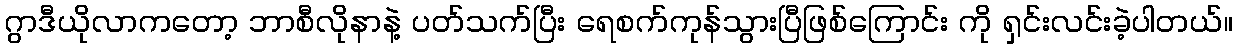
ဂွာဒီယိုလာကတော့ ဘာစီလိုနာနဲ့ ပတ်သက်ပြီး ရေစက်ကုန်သွားပြီဖြစ်ကြောင်း ကို ရှင်းလင်းခဲ့ပါတယ်။